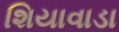
શિયાવાડા